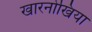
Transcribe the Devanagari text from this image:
खारनोखिया